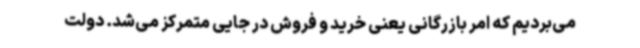
می‌بردیم که امر بازرگانی یعنی خرید و فروش در جایی متمرکز می‌شد. دولت